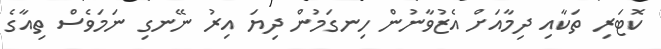
ކޮޓަރި ތަކާއި ދިމާއަށް އެޒުވާނުން ހިނގަމުން ދިޔަ އިރު ނޭނގި ނަމަވެސް ތިއާގެ